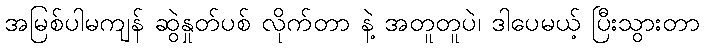
အမြစ်ပါမကျန် ဆွဲနှုတ်ပစ် လိုက်တာ နဲ့ အတူတူပဲ၊ ဒါပေမယ့် ပြီးသွားတာ